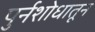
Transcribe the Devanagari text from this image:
पुर्नशोधातून